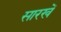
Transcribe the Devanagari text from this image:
सारखें